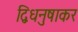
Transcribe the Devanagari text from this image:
द्विधनुषाकर